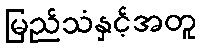
မြည်သံနှင့်အတူ